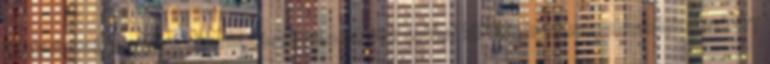
Nagy memóriaigényű alkalmazásoknál a MP-ok sokkal költséghatékonyabbak lehetnek 67